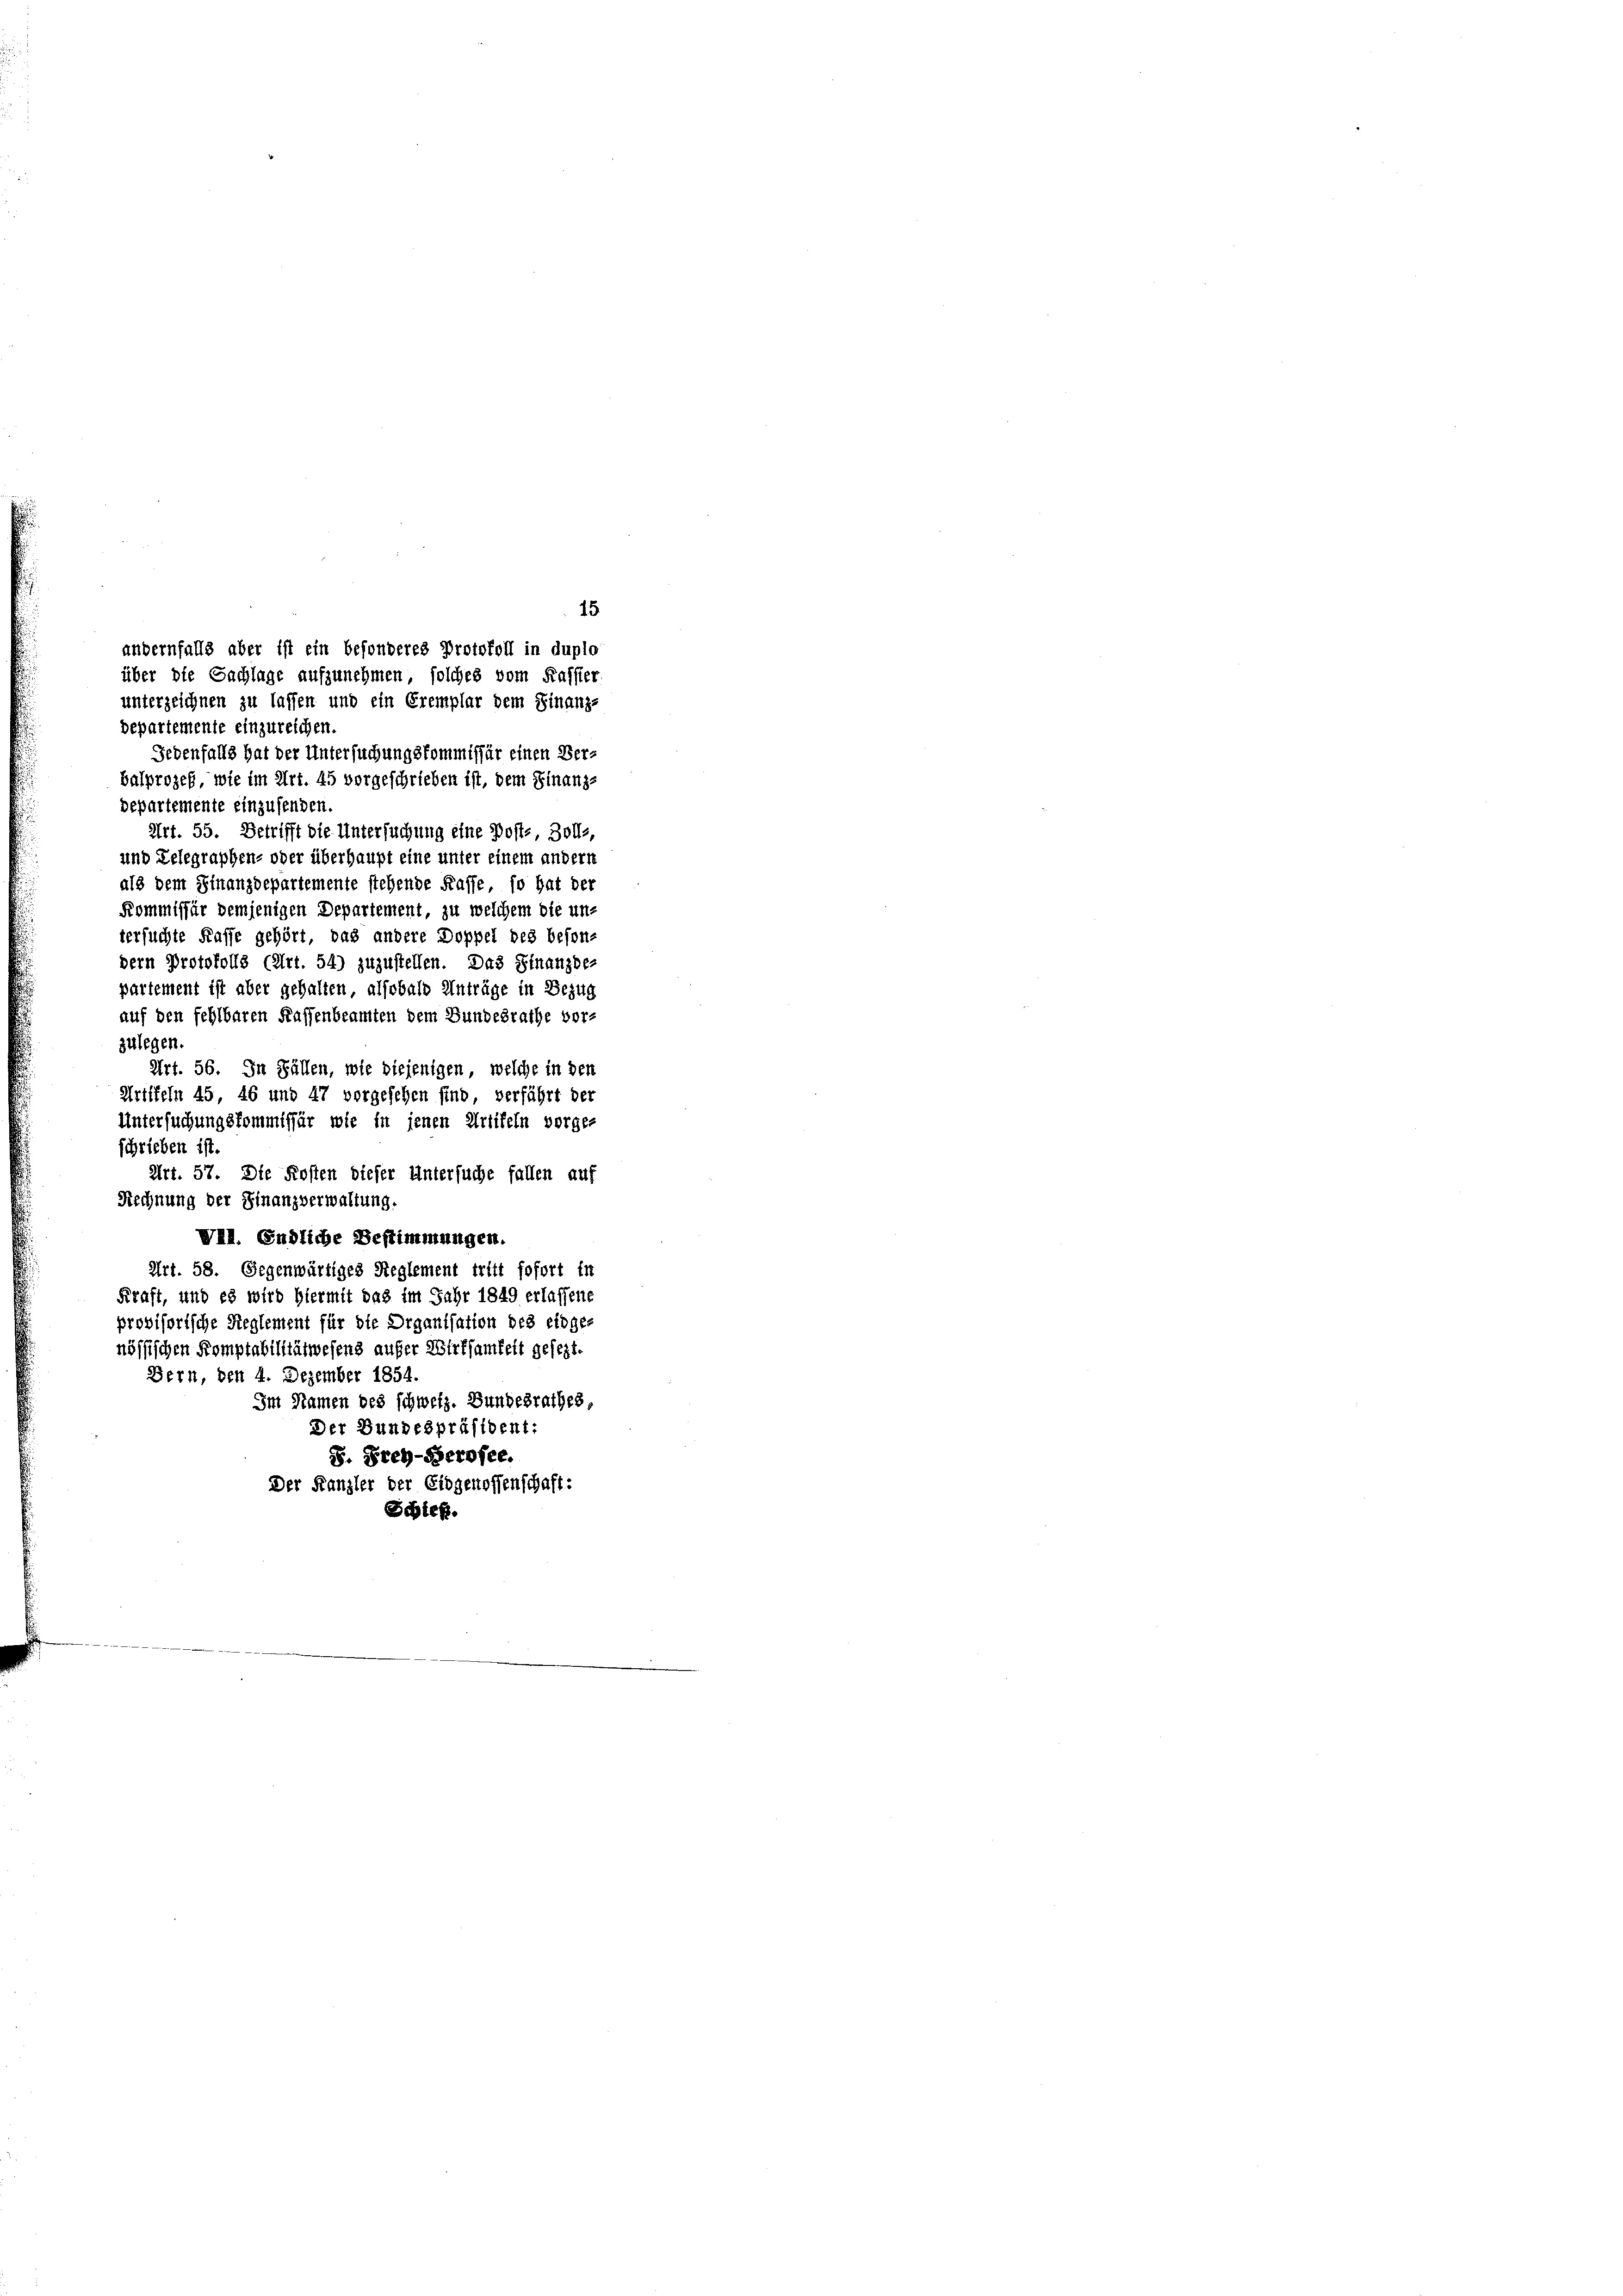
15
Departemente einzureichen.
Jedenfalls hat der Untersuchungskommissär einen Ber-
balprozes, wie im Art. 45 vorgeschrieben ist, dem Finanz-
departemente einzusenden.
Art. 55. Betrifft die Untersuchung eine Post-, Bolle,
und Lelegraphen- oder überhaupt eine unter einem andern
als dem Finanzdepartemente stehende Kaffe, so hat der
Kommissär demjenigen Departement, zu welchem die un-
tersuchte Kaffe gehört, das andere Doppel des besondern Protokolls (Art. 54) zuzustellen. Das Finanzde-
partement ist aber gehalten, alsobald Anträge in Bezug
auf den fehlbaren Kassenbeamten dem Bundesrathe vor-
zulegen.
Art. 56. In Fällen, wie diejenigen, welche in den
Ariffeln 45, 46 und 47 vorgesehen sind, verfährt der
Untersuchungskommissär wie in jenen Artifeln vorge-
schrieben ist.
Art. 57. Die Kosten dieser Untersuche fallen auf
Rechnung der Finanzverwaltung.
VII. Endliche Bestimmungen.
Art. 58. Gegenwärtiges Reglement tritt sofort in
Kraft, und es wird hiermit das im Jahr 1849 erlassene
provisorische Reglement für die Organisation des eidge-
nössischen Komptabilitätwesens aufer Wirksamkeit gesezt.
Bern, den 4. Dezember 1854.
Im Namen des schweiz. Bundesrathes,
Der Bundespräsident:
S. Frey-Serosee.
Der Kanzler der Eidgenossenschaft:
Schieß.

andernfalls aber ist ein besonderes Protokoll in duplo
über die Sachlage aufzunehmen, solches vom Kaffter
unterzeichnen zu lassen und ein Eremplar dem Finanz-